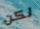
لكن